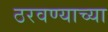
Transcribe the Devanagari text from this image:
ठरवण्याच्या